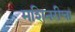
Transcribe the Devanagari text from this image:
मशिनरीचा